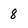
Character: 8